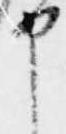
申